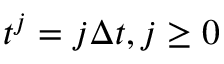
t ^ { j } = j \Delta t , j \ge 0